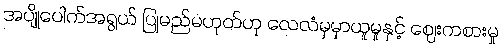
အပျိုပေါက်အရွယ် ပြုမည်မဟုတ်ဟု လေလံမှမှာယူမှုနှင့် ဈေးကစားမှု